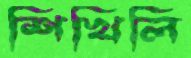
শিখিলি